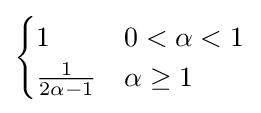
{\begin{cases}1&0<\alpha <1\\{\frac {1}{2\alpha -1}}&\alpha \geq 1\end{cases}}